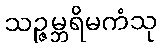
သဉ္ဇမ္ဘရိမကံသု